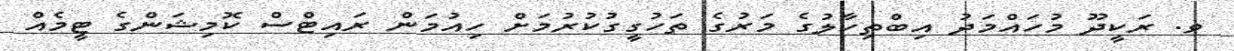
ވ. ރަކީދޫ މުހައްމަދު އިބްތިހާލުގެ މަރުގެ ތަހުގީގުކުރުމަށް ހިއުމަން ރައިޓްސް ކޮމިޝަންގެ ޓީމެއް